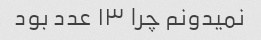
نمیدونم چرا ۱۳ عدد بود